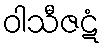
ဝါသီဇဋံ